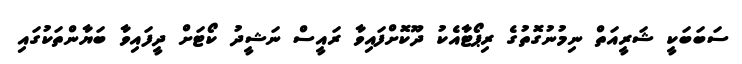
ސަބަބަކީ ޝަރީއަތް ނިމުނުގޮތުގެ ރިޕޯޓާއެކު ދޫކޮށްފައިވާ ރައީސް ނަޝީދު ކޯޓަށް ދީފައިވާ ބަޔާންތަކުގައި